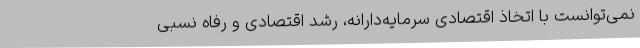
نمی‌توانست با اتخاذ اقتصادی سرمایه‌دارانه، رشد اقتصادی و رفاه نسبی